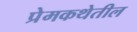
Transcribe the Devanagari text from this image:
प्रेमकथेतील